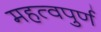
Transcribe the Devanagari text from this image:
महत्‍वपुर्ण